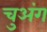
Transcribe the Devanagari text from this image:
चुअंग